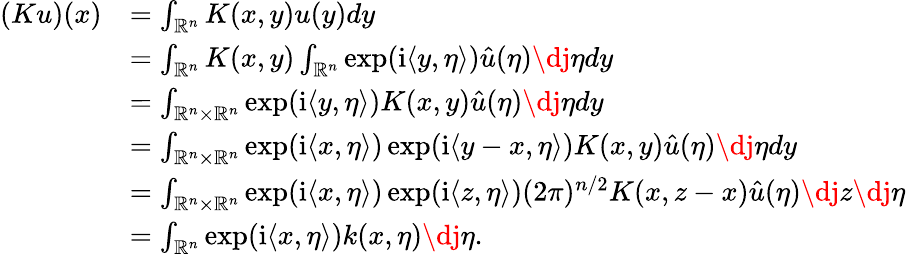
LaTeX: \begin{array}{rl}{(Ku)(x)}&{=\int_{\mathord{\mathbb{R}}^{n}}K(x,y)u(y)dy}\\ &{=\int_{\mathord{\mathbb{R}}^{n}}K(x,y)\int_{\mathord{\mathbb{R}}^{n}}\exp(\mathord{\mathrm{i}}\langle y,\eta\rangle)\hat{u}(\eta)\mathrm{\dj}\eta dy}\\ &{=\int_{\mathord{\mathbb{R}}^{n}\times\mathord{\mathbb{R}}^{n}}\exp(\mathord{\mathrm{i}}\langle y,\eta\rangle)K(x,y)\hat{u}(\eta)\mathrm{\dj}\eta dy}\\ &{=\int_{\mathord{\mathbb{R}}^{n}\times\mathord{\mathbb{R}}^{n}}\exp(\mathord{\mathrm{i}}\langle x,\eta\rangle)\exp(\mathord{\mathrm{i}}\langle y-x,\eta\rangle)K(x,y)\hat{u}(\eta)\mathrm{\dj}\eta dy}\\ &{=\int_{\mathord{\mathbb{R}}^{n}\times\mathord{\mathbb{R}}^{n}}\exp(\mathord{\mathrm{i}}\langle x,\eta\rangle)\exp(\mathord{\mathrm{i}}\langle z,\eta\rangle)(2\pi)^{n/2}K(x,z-x)\hat{u}(\eta)\mathrm{\dj}z\mathrm{\dj}\eta}\\ &{=\int_{\mathord{\mathbb{R}}^{n}}\exp(\mathord{\mathrm{i}}\langle x,\eta\rangle)k(x,\eta)\mathrm{\dj}\eta.}\end{array}